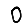
Digit: 0